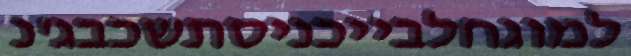
למוגחלבייכניסתשכבג'נ